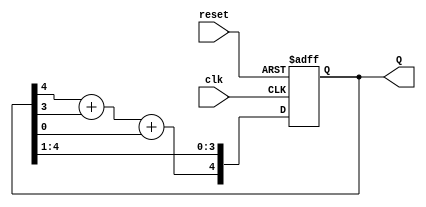
`timescale 1ns / 1ps

/*
    feedback function x^4 + x^3 + 1
    N = 4
    Maximun Length: 2^4 - 1 = 15
*/
module LFSR
#(parameter N=4)(
    input wire clk,reset,
    output [N:0] Q
    );
    
reg [N:0] r_reg;
wire [N:0] r_next;
wire feedback;
    
always @ (posedge clk, posedge reset) begin
    if(reset)
        r_reg <= 1;
     else
        r_reg = r_next;
end
//feedback
assign feedback = r_reg[4] + r_reg[3] + r_reg[0];

assign r_next = {feedback,r_reg[N:1]};
assign Q=r_reg;

endmodule